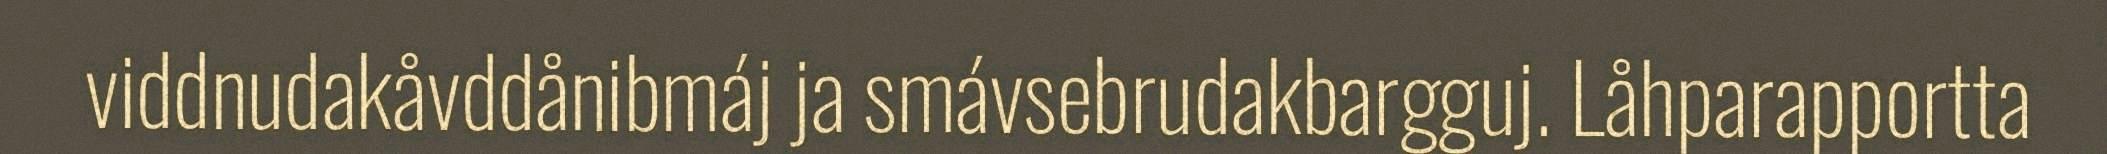
viddnudakåvddånibmáj ja smávsebrudakbargguj. Låhparapportta